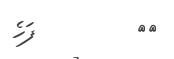
١٧         ފަހެ